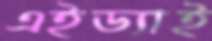
এইড্যাই